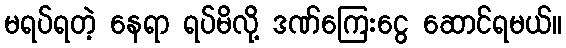
မရပ်ရတဲ့ နေရာ ရပ်မိလို့ ဒဏ်ကြေးငွေ ဆောင်ရမယ်။